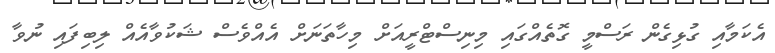
އެކަމާއި ގުޅިގެން ރަސްމީ ގޮތެއްގައި މިނިސްޓްރީއަށް މިހާތަނަށް އެއްވެސް ޝަކުވާއެއް ލިބިފައި ނުވާ